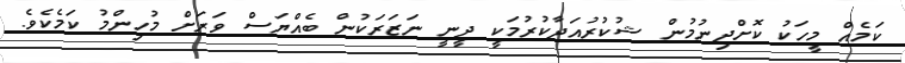
ކަމެއް މީހަކު ކޮށްދިނުމުން ޝުކުރުއަދާކުރުމަކީ ދީނީ ނަޒަރަކުން ބެއްޔަސް ވަރަށް މުހިންމު ކަމެކެވެ.